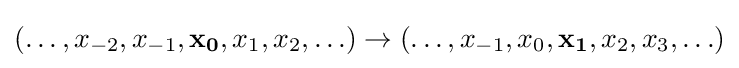
\textstyle (\ldots ,x_{-2},x_{-1},\mathbf {x_{0}} ,x_{1},x_{2},\ldots )\rightarrow (\ldots ,x_{-1},x_{0},\mathbf {x_{1}} ,x_{2},x_{3},\ldots )